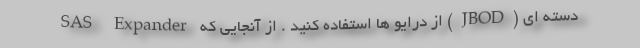
دسته ای (JBOD) از درایو ها استفاده کنید . از آنجایی که SAS Expander